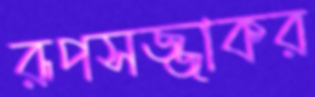
রূপসজ্জাকর